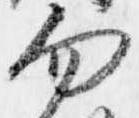
勿